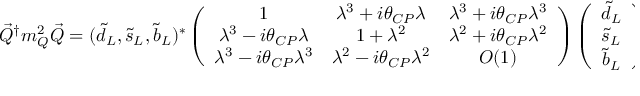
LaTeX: \vec { Q } ^ { \dag } m _ { Q } ^ { 2 } \vec { Q } = ( \tilde { d } _ { L } , \tilde { s } _ { L } , \tilde { b } _ { L } ) ^ { * } \left( \begin{array} { c c c } { { 1 } } & { { \lambda ^ { 3 } + i \theta _ { C P } \lambda } } & { { \lambda ^ { 3 } + i \theta _ { C P } \lambda ^ { 3 } } } \\ { { \lambda ^ { 3 } - i \theta _ { C P } \lambda } } & { { 1 + \lambda ^ { 2 } } } & { { \lambda ^ { 2 } + i \theta _ { C P } \lambda ^ { 2 } } } \\ { { \lambda ^ { 3 } - i \theta _ { C P } \lambda ^ { 3 } } } & { { \lambda ^ { 2 } - i \theta _ { C P } \lambda ^ { 2 } } } & { { O ( 1 ) } } \end{array} \right) \left( \begin{array} { c } { { \tilde { d } _ { L } } } \\ { { \tilde { s } _ { L } } } \\ { { \tilde { b } _ { L } } } \end{array} \right) ,